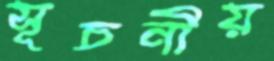
সূচনীয়